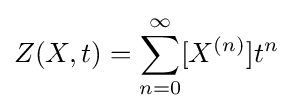
Z(X,t)=\sum _{n=0}^{\infty }[X^{(n)}]t^{n}